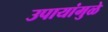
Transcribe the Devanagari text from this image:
उपायांमुळे